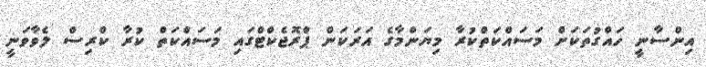
އިންސާނީ ހައްގުތަކަށް މަސައްކަތްކުރާ މިޔަންމާގެ އަރަކަން ޕްރޮޖެކްޓްގައި މަސައްކަތް ކުރާ ކްރިސް ލެވާވަނީ